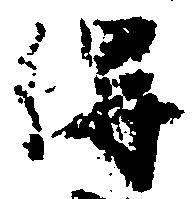
得